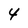
Character: 4